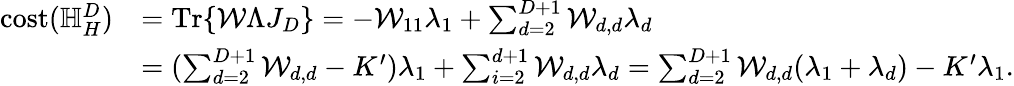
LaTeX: \begin{array}{rl}{\mathrm{cost}(\mathbb{H}_{H}^{D})}&{=\mathrm{Tr}\{ \mathcal{W}\Lambda J_{D}\} =-\mathcal{W}_{11}\lambda_{1}+\sum_{d=2}^{D+1}\mathcal{W}_{d,d}\lambda_{d}}\\ &{=(\sum_{d=2}^{D+1}\mathcal{W}_{d,d}-K^{\prime})\lambda_{1}+\sum_{i=2}^{d+1}\mathcal{W}_{d,d}\lambda_{d}=\sum_{d=2}^{D+1}\mathcal{W}_{d,d}(\lambda_{1}+\lambda_{d})-K^{\prime}\lambda_{1}.}\end{array}